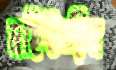
মহিউদ্দীন